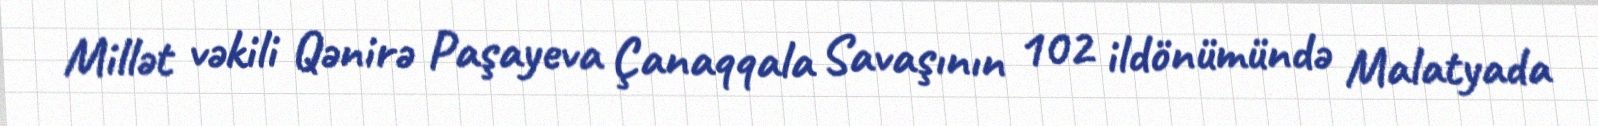
Millət vəkili Qənirə Paşayeva Çanaqqala Savaşının 102 ildönümündə Malatyada